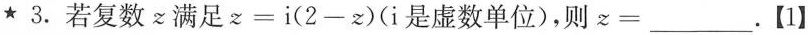
★3.若复数z满足$$z = i ( 2 - z )$$(i是虚数单位)，则$$z =$$___.【1】